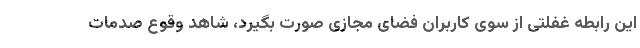
این رابطه غفلتی از سوی کاربران فضای مجازی صورت بگیرد، شاهد وقوع صدمات